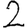
Digit: 2